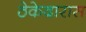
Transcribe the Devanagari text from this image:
ठेकेदारास